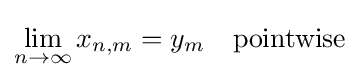
\lim _{n\to \infty }x_{n,m}=y_{m}\quad {\text{pointwise}}